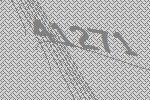
41271